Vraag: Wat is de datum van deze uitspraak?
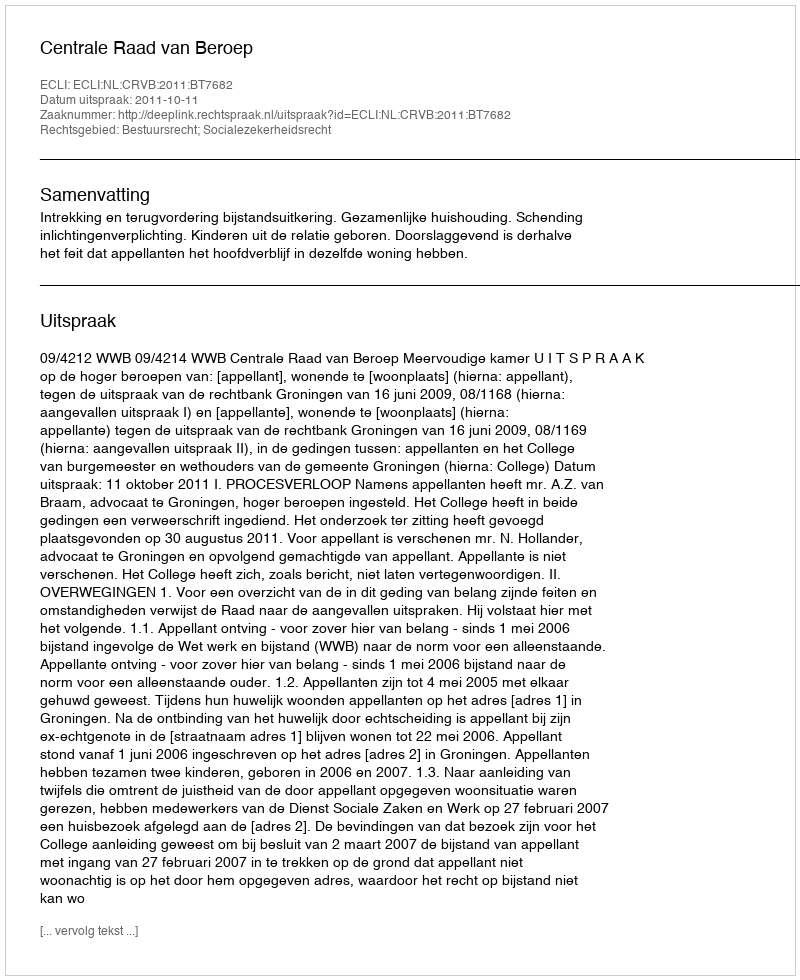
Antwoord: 2011-10-11